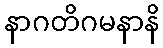
နာဂတိဂမနာနိ